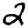
Digit: 2